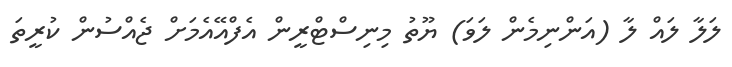
ލަލާ ލައް ލާ (އަންނިމެން ލަވަ) ޔޫތު މިނިސްޓްރީން އެފްއޭއެމަށް ޖެއްސުން ކުރީތަ